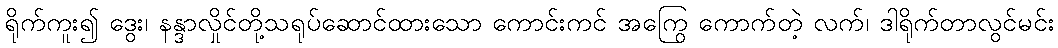
ရိုက်ကူး၍ ဒွေး၊ နန္ဒာလှိုင်တို့သရုပ်ဆောင်ထားသော ကောင်းကင် အကြွေ ကောက်တဲ့ လက်၊ ဒါရိုက်တာလွင်မင်း